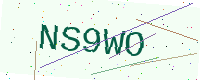
Text: NS9WO